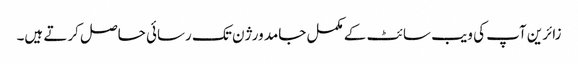
زائرین آپ کی ویب سائٹ کے مکمل جامد ورژن تک رسائی حاصل کرتے ہیں۔